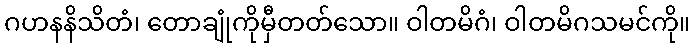
ဂဟနနိသိတံ၊ တောချုံကိုမှီတတ်သော။ ဝါတမိဂံ၊ ဝါတမိဂသမင်ကို။